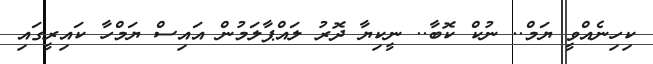
ކިހިނެއްވީ ޔަމް.. ނުކް ކޮބާ.. ނީކިޔާ ދޮރު ލައްޕާލަމުން އައިސް ޔަމްހާ ކައިރީގައި